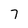
Character: 7